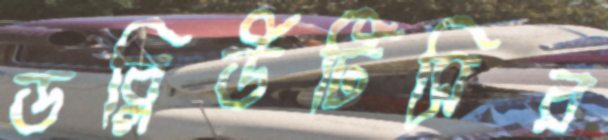
ডব্লিউটিসির